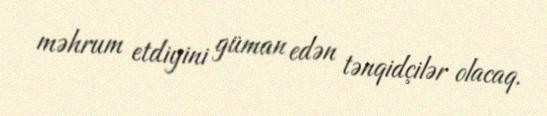
məhrum etdiyini güman edən tənqidçilər olacaq.